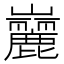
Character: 𪩠